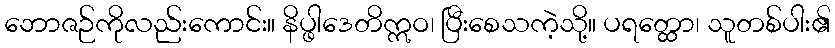
ဘောဇဉ်ကိုလည်းကောင်း။ နိပ္ဖါဒေတိဣဝ၊ ပြီးစေသကဲ့သို့။ ပရတ္ထော၊ သူတစ်ပါး၏